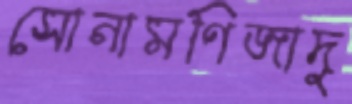
সোনামণিজাদু